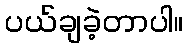
ပယ်ချခဲ့တာပါ။